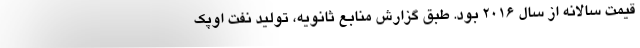
قیمت سالانه از سال ۲۰۱۶ بود. طبق گزارش منابع ثانویه، تولید نفت اوپک